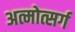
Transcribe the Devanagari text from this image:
अत्मोत्सर्ग